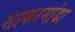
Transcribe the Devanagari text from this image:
साकरमांडा